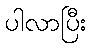
ပါလာပြီး